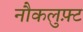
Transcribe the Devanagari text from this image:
नौकलुफ़्ट